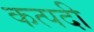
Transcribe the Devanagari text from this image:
कत्पदी